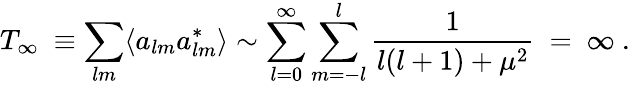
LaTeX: T_{\infty}\ \equiv\sum_{lm}\langle a_{lm}a_{lm}^{*}\rangle\sim\sum_{l=0}^{\infty}\sum_{m=-l}^{l}\frac{1}{l(l+1)+\mu^{2}}\ =\ \infty\ .